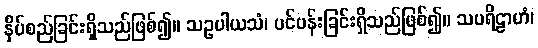
နှိပ်စည်ခြင်းရှိသည်ဖြစ်၍။ သဥပါယသံ၊ ပင်ပန်းခြင်းရှိသည်ဖြစ်၍။ သပရိဠာဟံ၊